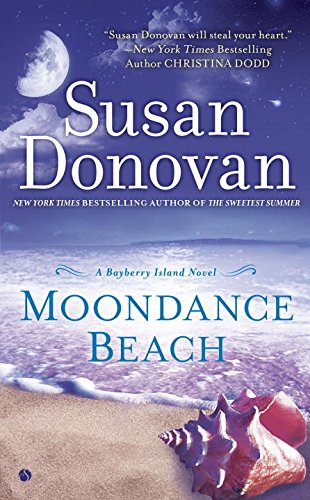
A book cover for Moondance Beach: A Bayberry Island Novel; Susan Donovan; Romance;